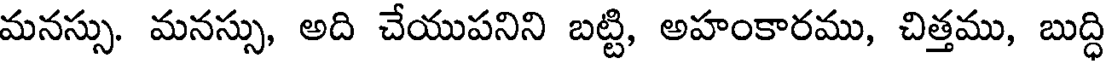
మనస్సు. మనస్సు, అది చేయుపనిని బట్టి, అహంకారము, చిత్తము, బుద్ధి